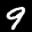
Digit: 9